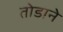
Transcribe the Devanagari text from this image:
तोडाने